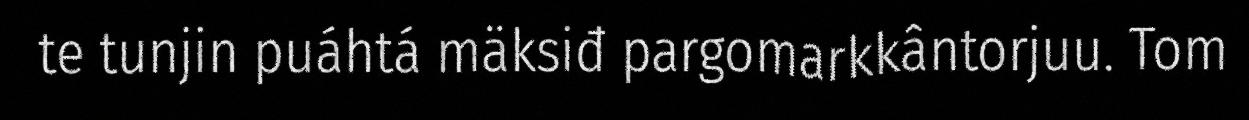
te tunjin puáhtá mäksiđ pargomarkkântorjuu. Tom